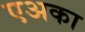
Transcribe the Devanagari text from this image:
एअका